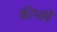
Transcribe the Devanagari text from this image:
कीभावे